Civil Veterinary Department Bengal reports 1923-33 - 1923-1933
Year: 1923
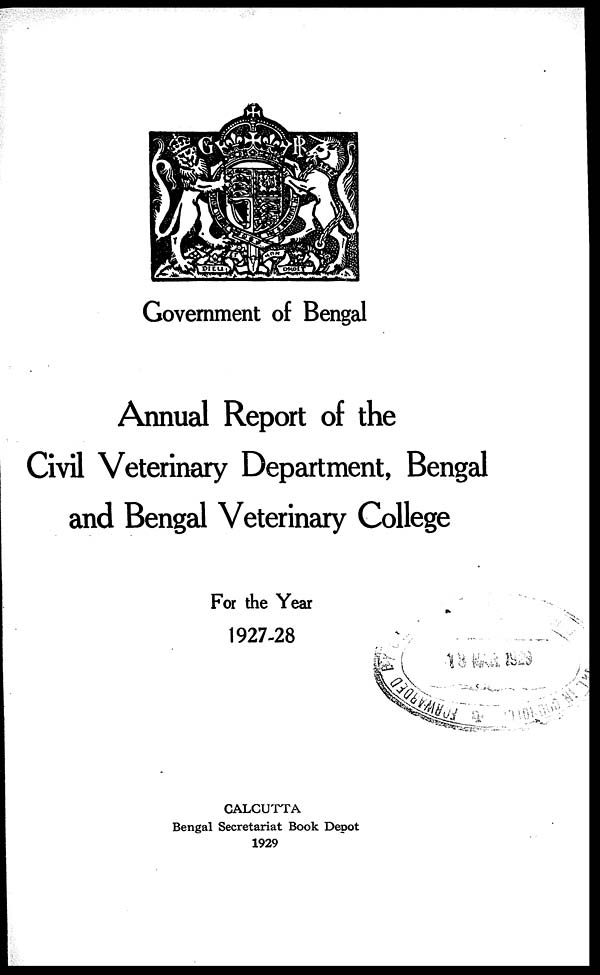
Government of Bengal
Annual Report of the
Civil Veterinary Department, Bengal
and Bengal Veterinary College
For the Year
1927-28
CALCUTTA
Bengal Secretariat Book Depot
1929